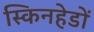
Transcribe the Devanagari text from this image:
स्किनहेडों